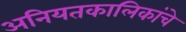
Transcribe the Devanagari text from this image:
अनियतकालिकांचे